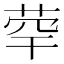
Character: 𦯼